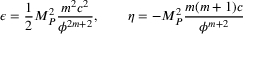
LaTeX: \epsilon = \frac { 1 } { 2 } M _ { P } ^ { 2 } \frac { m ^ { 2 } c ^ { 2 } } { \phi ^ { 2 m + 2 } } , \quad \quad \eta = - M _ { P } ^ { 2 } \frac { m ( m + 1 ) c } { \phi ^ { m + 2 } }